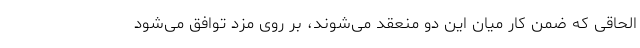
الحاقی که ضمن کار میان این دو منعقد می‌شوند، بر روی مزد توافق می‌شود